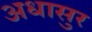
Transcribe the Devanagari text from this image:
अधासुर